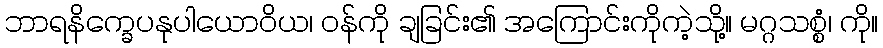
ဘာရနိက္ခေပနုပါယောဝိယ၊ ဝန်ကို ချခြင်း၏ အကြောင်းကိုကဲ့သို့။ မဂ္ဂသစ္စံ၊ ကို။